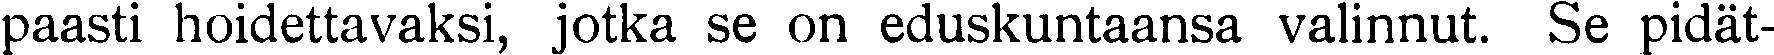
paasti hoidettavaksi, jotka se on eduskuntaansa valinnut. Se pidät-